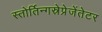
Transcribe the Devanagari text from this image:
स्तोर्तिन्गस्रेप्रेजेंतेटर